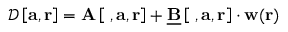
\begin{array} { r } { \begin{array} { r } { \mathcal { D } \left[ \mathbf { a } , \mathbf { r } \right] = \mathbf { A } \left[ \mathbf { \nabla } , \mathbf { a } , \mathbf { r } \right] + \underline { { \mathbf { B } } } \left[ \mathbf { \nabla } , \mathbf { a } , \mathbf { r } \right] \cdot \mathbf { w } ( \mathbf { r } ) } \end{array} } \end{array}